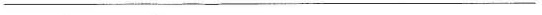
__________________________________________